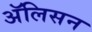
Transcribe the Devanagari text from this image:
अॅलिसन